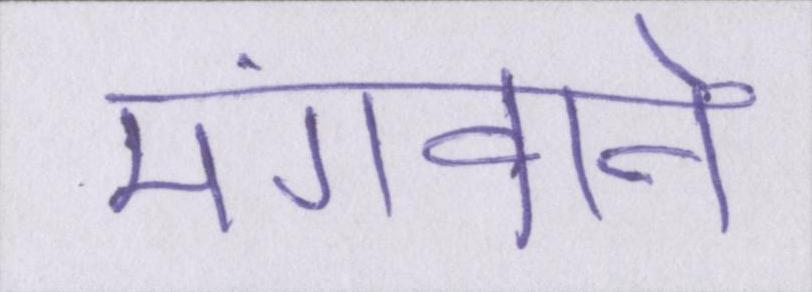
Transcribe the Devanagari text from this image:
मंगवाने